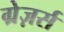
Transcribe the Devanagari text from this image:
ग्रेज़र्स